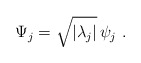
\begin{align*}\Psi_j = \sqrt{| \lambda_j |} \, \psi_j~.\end{align*}